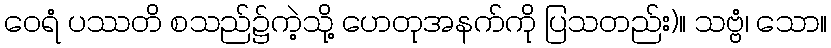
ဝေရံ ပဿတိ စသည်၌ကဲ့သို့ ဟေတုအနက်ကို ပြသတည်း)။ သဗ္ဗံ၊ သော။